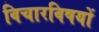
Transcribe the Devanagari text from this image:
विचारविषयों